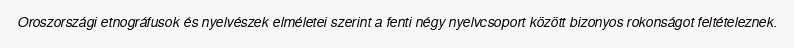
Oroszországi etnográfusok és nyelvészek elméletei szerint a fenti négy nyelvcsoport között bizonyos rokonságot feltételeznek.